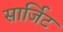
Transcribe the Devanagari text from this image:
सार्जिट